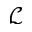
\mathcal { L }